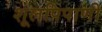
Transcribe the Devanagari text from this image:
शूलपिपाणी